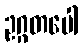
ဥဂ္ဂတပေါ